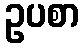
ဥပစာ